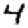
Digit: 4